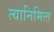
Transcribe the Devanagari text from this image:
त्‍यानिमित्‍त